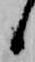
候